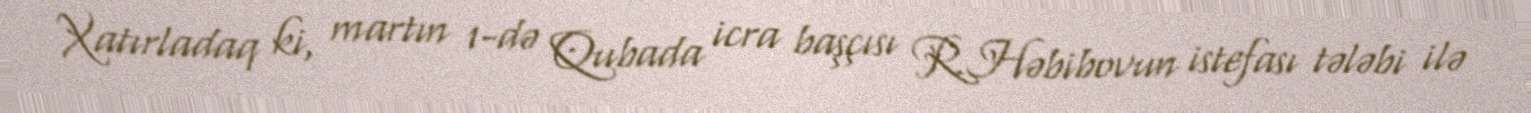
Xatırladaq ki, martın 1-də Qubada icra başçısı R.Həbibovun istefası tələbi ilə